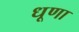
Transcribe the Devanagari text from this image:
धूणा